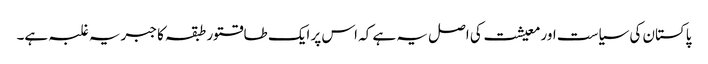
پاکستان کی سیاست اور معیشت کی اصل یہ ہے کہ اس پر ایک طاقتور طبقہ کا جبریہ غلبہ ہے۔